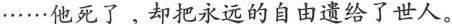
······他死了。却把永远的自由遗给了世人。